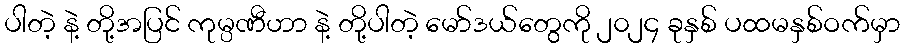
ပါတဲ့ နဲ့ တို့အပြင် ကုမ္ပဏီဟာ နဲ့ တို့ပါတဲ့ မော်ဒယ်တွေကို ၂၀၂၄ ခုနှစ် ပထမနှစ်ဝက်မှာ